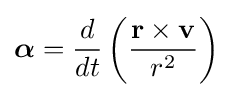
{\boldsymbol {\alpha }}={\frac {d}{dt}}\left({\frac {\mathbf {r} \times \mathbf {v} }{r^{2}}}\right)